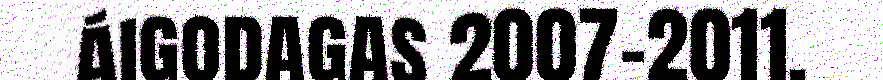
áigodagas 2007-2011.